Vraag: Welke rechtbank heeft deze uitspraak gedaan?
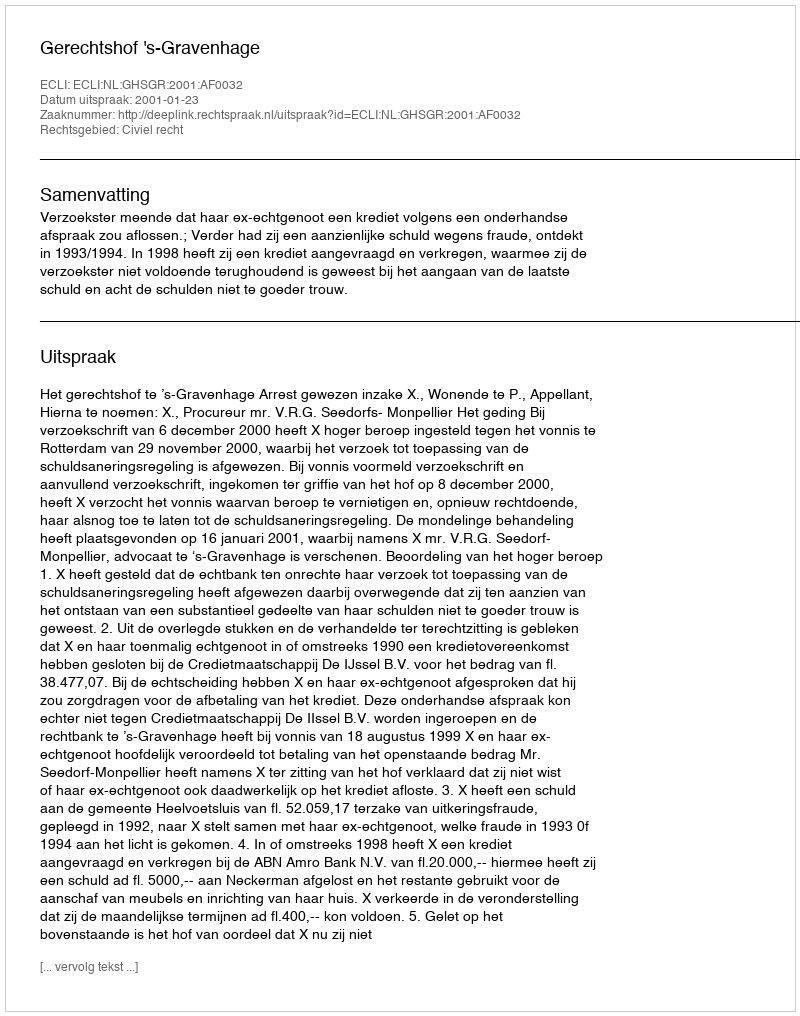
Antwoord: Gerechtshof 's-Gravenhage